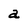
Character: a